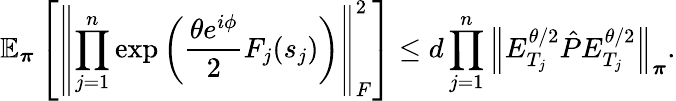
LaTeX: \mathbb{E}_{\boldsymbol\pi}\left[\left\lVert\prod_{j=1}^{n}\exp\left(\frac{\theta e^{i\phi}}{2}F_{j}(s_{j})\right)\right\rVert_{F}^{2}\right]\leq d\prod_{j=1}^{n}\left\lVert E_{T_{j}}^{\theta/2}\hat{P}E_{T_{j}}^{\theta/2}\right\rVert_{\boldsymbol\pi}.